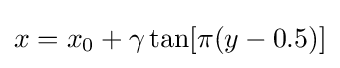
x=x_{0}+\gamma \tan[\pi (y-0.5)]